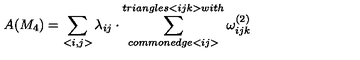
A ( M _ { 4 } ) = \sum _ { < i , j > } \lambda _ { i j } \cdot \sum _ { c o m m o n e d g e < i j > } ^ { t r i a n g l e s < i j k > w i t h } \omega _ { i j k } ^ { ( 2 ) }